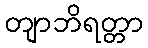
တျာဘိရတ္တာ